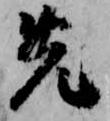
先